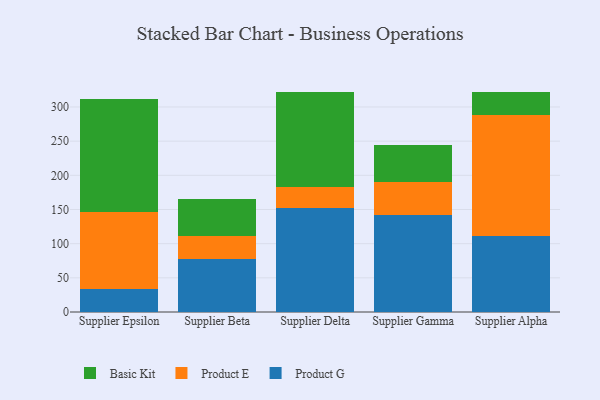
{"axis": {"x": "Supplier", "y": "Production Output"}, "legend": ["Basic Kit", "Product E", "Product G"], "data": [{"x": "Supplier Epsilon", "y": 33.5, "type": "Product G"}, {"x": "Supplier Epsilon", "y": 112.6, "type": "Product E"}, {"x": "Supplier Epsilon", "y": 164.9, "type": "Basic Kit"}, {"x": "Supplier Beta", "y": 76.9, "type": "Product G"}, {"x": "Supplier Beta", "y": 34.0, "type": "Product E"}, {"x": "Supplier Beta", "y": 53.8, "type": "Basic Kit"}, {"x": "Supplier Delta", "y": 152.0, "type": "Product G"}, {"x": "Supplier Delta", "y": 30.6, "type": "Product E"}, {"x": "Supplier Delta", "y": 139.6, "type": "Basic Kit"}, {"x": "Supplier Gamma", "y": 141.4, "type": "Product G"}, {"x": "Supplier Gamma", "y": 49.4, "type": "Product E"}, {"x": "Supplier Gamma", "y": 54.1, "type": "Basic Kit"}, {"x": "Supplier Alpha", "y": 111.3, "type": "Product G"}, {"x": "Supplier Alpha", "y": 176.4, "type": "Product E"}, {"x": "Supplier Alpha", "y": 34.8, "type": "Basic Kit"}]}